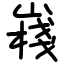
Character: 嶘